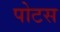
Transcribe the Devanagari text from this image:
पोटस